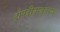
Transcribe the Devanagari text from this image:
द्रौपदीवस्त्रहरण